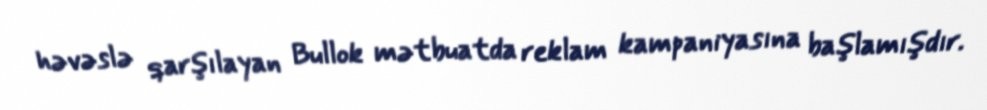
həvəslə qarşılayan Bullok mətbuatda reklam kampaniyasına başlamışdır.